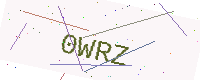
Text: 0WRZ